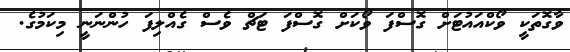
ވާގޮތަކީ ވޯކްއައުޓަށް ގޮސްފަ ވޯކަށް ގޮސްފަ ޓަޗް ވެސް ގެއްލިފަ ހުންނަނީ މިކަމުގެ.